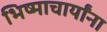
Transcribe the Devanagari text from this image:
भिष्माचार्यांना